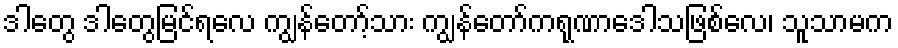
ဒါတွေ ဒါတွေမြင်ရလေ ကျွန်တော့်သား ကျွန်တော်ကရုဏာဒေါသဖြစ်လေ၊ သူသာမက